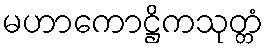
မဟာကောဋ္ဌိကသုတ္တံ